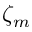
\zeta _ { m }